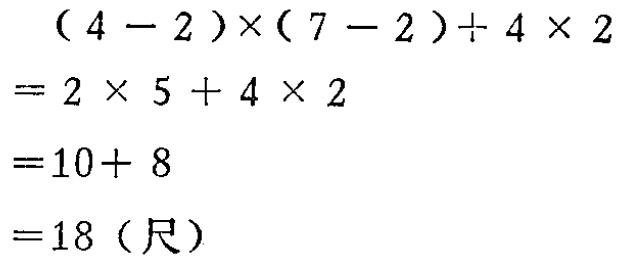
\[

\begin{align*}

&(4 - 2)\times(7 - 2)\div 4\times 2\\

=&2\times 5 + 4\times 2\\

=&10 + 8\\

=&18 (\text{尺})

\end{align*}

\]